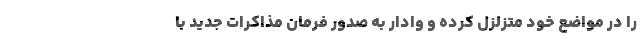
را در مواضع خود متزلزل کرده و وادار به صدور فرمان مذاکرات جدید با